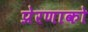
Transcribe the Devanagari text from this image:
प्रेरणाको